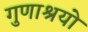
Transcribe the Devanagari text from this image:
गुणाश्रयो